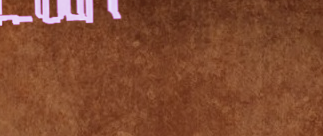
مطعم الفيوم يقدم أشهى الأ